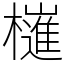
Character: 𣝤